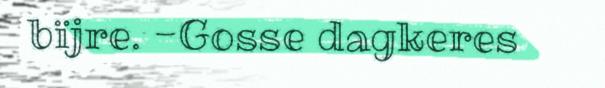
bïjre. -Gosse dagkeres